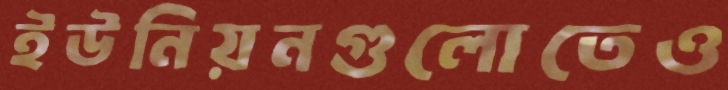
ইউনিয়নগুলোতেও